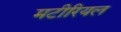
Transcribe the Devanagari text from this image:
मटीरियल